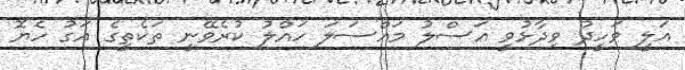
އަލީ ވަހީދު ވިދާޅުވީ އަސްލު މައްސަލަ ހައްލު ކުރެވޭނީ ތަކެތީގެ އަގު ހެޔޮ